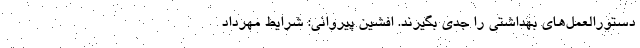
دستورالعمل‌های بهداشتی را جدی بگیرند. افشین پیروانی: شرایط مهرداد